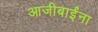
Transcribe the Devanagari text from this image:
आजीबाईंना